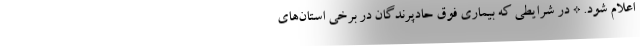
اعلام شود. * در شرایطی که بیماری فوق حادپرندگان در برخی استان‌های